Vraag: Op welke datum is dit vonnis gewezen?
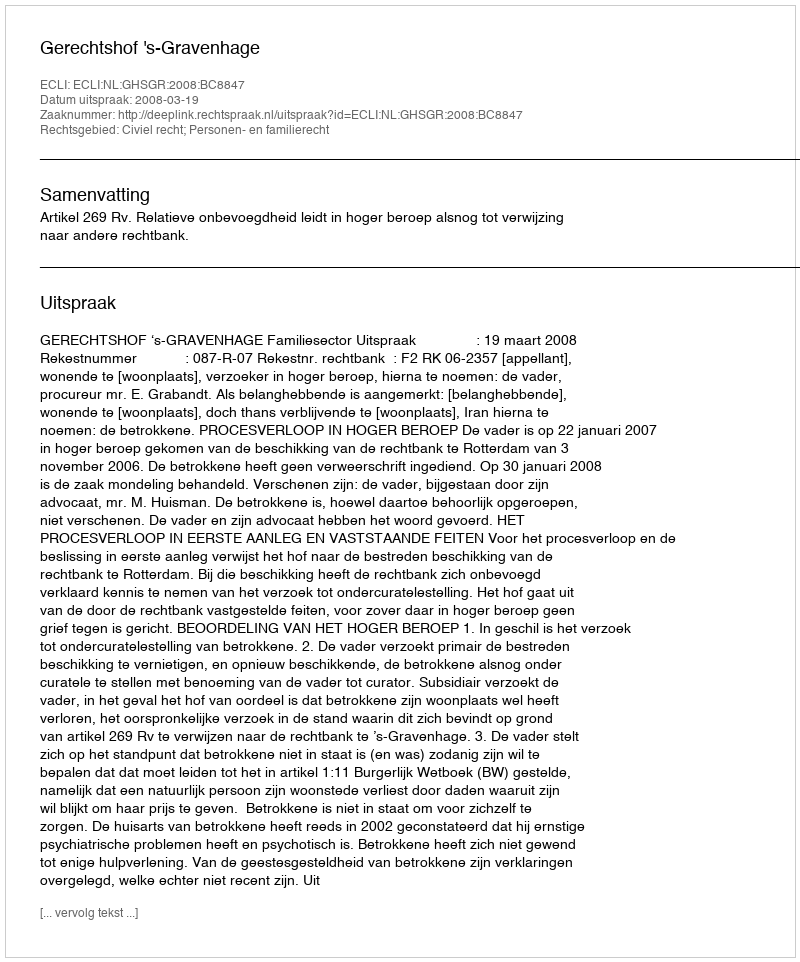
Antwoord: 2008-03-19